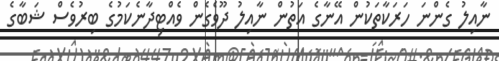
ނާއިލު ގެންނަ ހަރަކާތަކުން އޭނާގެ އަތުން ނާއިލު ދޫވެގެން ވެއްޓިދާނެކަމުގެ ބިރުވެސް ޝަބާގެ